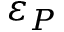
\varepsilon _ { P }